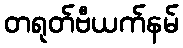
တရုတ်ဗီယက်နမ်